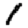
Digit: 1